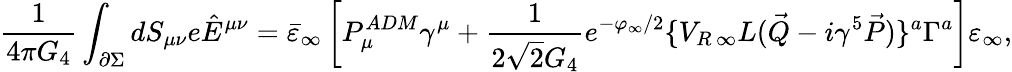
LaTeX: {\frac{1}{4\pi G_{4}}}\int_{\partial\Sigma}dS_{\mu\nu}e\hat{E}^{\mu\nu}=\bar{\varepsilon}_{\infty}\left[P_{\mu}^{ADM}\gamma^{\mu}+{\frac{1}{2\sqrt{2}G_{4}}}e^{-\varphi_{\infty}/2}\{ V_{R\, \infty}L(\vec{Q}-i\gamma^{5}\vec{P})\} ^{a}\Gamma^{a}\right]\varepsilon_{\infty},